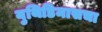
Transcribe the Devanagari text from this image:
युथिडिमासचा